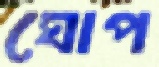
ঘোপ